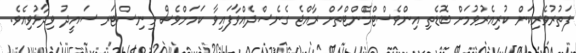
ފަތުރުވެރިކަން ކުރިއެރުވުމަށް ބޮޑެތި އިންވެސްޓްމެންޓްތަށް ރާއްޖެ ގެނެސްދެއްވާފައިވާ ކަމަށްވެސް މިނިސްޓަރ ސައީދު ވިދާޅުވިއެވެ.